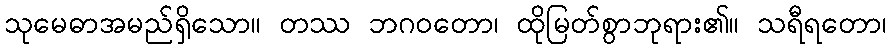
သုမေဓာအမည်ရှိသော။ တဿ ဘဂဝတော၊ ထိုမြတ်စွာဘုရား၏။ သရီရတော၊